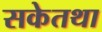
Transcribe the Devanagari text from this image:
सकेतथा